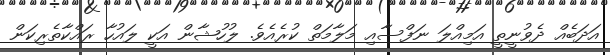
އަދަބެއް ދެވުނީތީ އަމިއްލަ ނަފްސާއި މަލާމަތް ކުރެއެވެ. ލުހުޝާން އަކީ ލައުހާ ރައްކާތެރިކަން